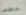
خطيرا